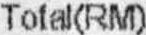
TOTAL(RM)